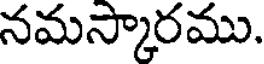
నమస్కారము.